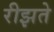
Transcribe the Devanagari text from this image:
रीझते